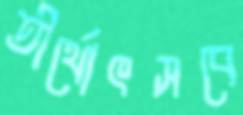
তীর্থোৎসবে